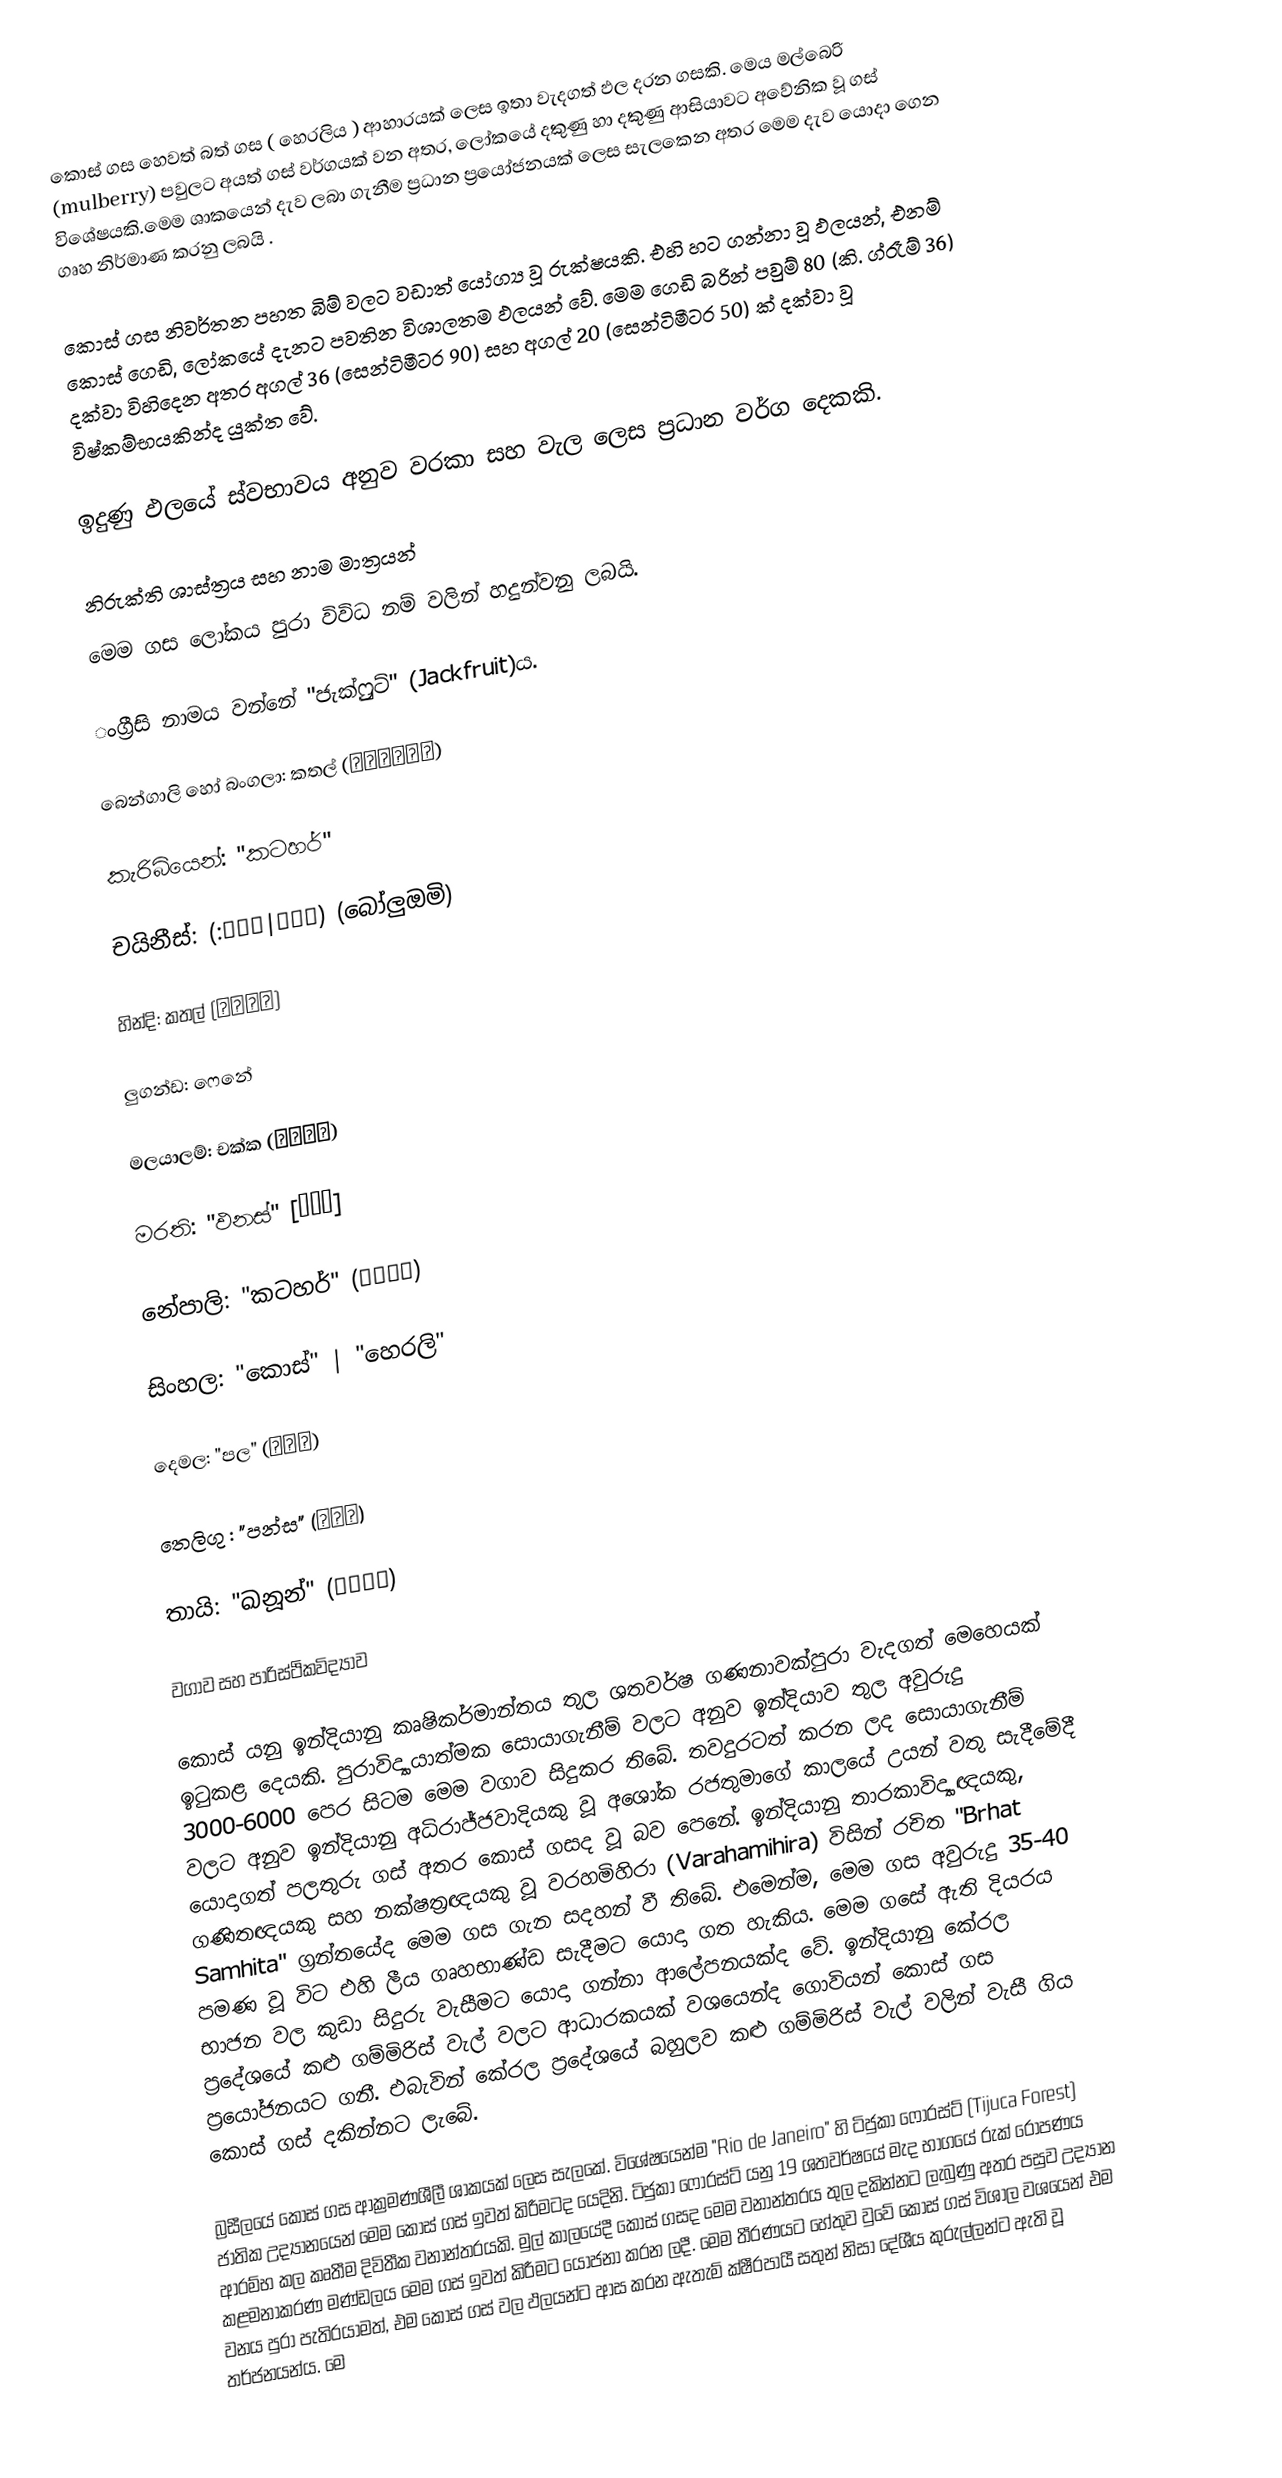
කොස් ගස හෙවත් බත් ගස ( හෙරලිය ) ආහාරයක් ලෙස ඉතා වැදගත් ඵල දරන ගසකි. මෙය මල්බෙරි (mulberry) පවුලට අයත් ගස් වර්ගයක් වන අතර, ලෝකයේ දකුණු හා දකුණු ආසියාවට අවේනික වූ ගස් විශේෂයකි.මෙම ශාකයෙන් දැව ලබා ගැනීම ප්‍රධාන ප්‍රයෝජනයක් ලෙස සැලකෙන අතර මෙම දැව යොදා ගෙන ගෘහ නිර්මාණ කරනු ලබයි .

කොස් ගස නිවර්තන පහත බිම් වලට වඩාත් යෝග්‍ය වූ රුක්ෂයකි. එහි හට ගන්නා වූ ඵලයන්, එනම් කොස් ගෙඩි, ලෝකයේ දැනට පවතින විශාලතම ඵලයන් වේ. මෙම ගෙඩි බරින් පවුම් 80 (කි. ග්රෑම් 36) දක්වා විහිදෙන අතර අගල් 36 (සෙන්ටිමීටර 90) සහ අගල් 20 (සෙන්ටිමීටර 50) ක් දක්වා වූ විෂ්කම්භයකින්ද යුක්ත වේ.

ඉදුණු ඵලයේ ස්වභාවය අනුව වරකා සහ වැල ලෙස ප්‍රධාන වර්ග දෙකකි.

නිරුක්ති ශාස්ත්‍රය සහ නාම මාත්‍රයන්
මෙම ගස ලෝකය පුරා විවිධ නම් වලින් හදුන්වනු ලබයි.

ංග්‍රීසි නාමය වන්නේ "ජැක්ෆ්‍රුට්" (Jackfruit)ය.

බෙන්ගාලි හෝ බංගලා: කතල් (কাঁঠাল)

කැරිබියෙන්: "කටහර්"

චයිනීස්: (:波羅蜜|波羅蜜) (බෝලුඔමි)

හින්දි: කතල් (कटहल)

ලුගන්ඩ: ෆෙනේ

මලයාලම්: චක්ක (ചക്ക)

මරති: "ඵනස්" [फणस]

නේපාලි: "කටහර්" (कटहर)

සිංහල: "කොස්" | "හෙරලි"

දෙමල: "පල" (பலா)

තෙලිගු : "පන්ස"  (పనస)

තායි: "ඛනූන්" (ขนุน)

වගාව සහ පාරිස්ථිකවිද්‍යාව

කොස් යනු ඉන්දියානු කෘෂිකර්මාන්තය තුල ශතවර්ෂ ගණනාවක්පුරා වැදගත් මෙහෙයක් ඉටුකළ දෙයකි. පුරාවිද්‍යායාත්මක  සොයාගැනීම් වලට අනුව ඉන්දියාව තුල අවුරුදු 3000-6000 පෙර සිටම මෙම වගාව සිදුකර තිබේ. තවදුරටත් කරන ලද සොයාගැනීම් වලට අනුව ඉන්දියානු අධිරාජ්ජවාදියකු වූ අශෝක රජතුමාගේ කාලයේ උයන් වතු සැදීමේදී යොදාගත් පලතුරු ගස් අතර කොස් ගසද වූ බව පෙනේ. ඉන්දියානු තාරකාවිද්‍යාඥයකු, ගණිතඥයකු සහ නක්ෂත්‍රඥයකු වූ වරහමිහිරා (Varahamihira) විසින් රචිත "Brhat Samhita" ග්‍රන්තයේද මෙම ගස ගැන සදහන් වී තිබේ. එමෙන්ම, මෙම ගස අවුරුදු 35-40 පමණ වූ විට එහි ලීය ගෘහභාණ්ඩ සැදීමට යොදා ගත හැකිය. මෙම ගසේ ඇති දියරය භාජන වල කුඩා සිදුරු වැසීමට යොදා ගන්නා ආලේපනයක්ද වේ. ඉන්දියානු කේරල ප්‍රදේශයේ කළු ගම්මිරිස් වැල් වලට  ආධාරකයක් වශයෙන්ද ගොවියන් කොස් ගස ප්‍රයෝජනයට ගනී. එබැවින් කේරල ප්‍රදේශයේ බහුලව කළු ගම්මිරිස් වැල් වලින් වැසී ගිය කොස් ගස් දකින්නට ලැබේ.

බ්‍රසීලයේ කොස් ගස ආක්‍රමණශීලී ශාකයක් ලෙස සැලකේ. විශේෂයෙන්ම "Rio de Janeiro" හි ටිජුකා ෆොරස්ට් (Tijuca Forest)  ජාතික උද්‍යානයෙන් මෙම කොස් ගස් ඉවත් කිරීමටද යෙදිනි. ටිජුකා ෆොරස්ට් යනු 19 ශතවර්ෂයේ මැද භාගයේ රුක් රෝපණය ආරම්භ කල කෘතීම දිවිතීක වනාන්තරයකි. මුල් කාලයේදී කොස් ගසද මෙම වනාන්තරය තුල දකින්නට ලැබුණු අතර පසුව උද්‍යාන කළමනාකරණ මණ්ඩලය මෙම ගස් ඉවත් කිරීමට යෝජනා කරන ලදී. මෙම තීරණයට හේතුව වුවේ කොස් ගස් විශාල වශයෙන් එම වනය පුරා පැතිරයාමත්, එම කොස් ගස් වල ඵලයන්ට ආස කරන ඇතැම් ක්ෂීරපායී සතුන් නිසා දේශීය කුරුල්ලන්ට ඇති වූ තර්ජනයන්ය. මෙ